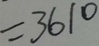
= 3 6 1 0